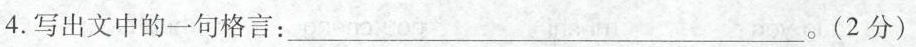
4.写出文中的一句格言：___。(2分)